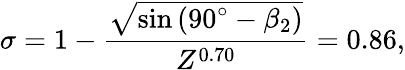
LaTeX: \sigma=1-\frac{\sqrt{\sin{(90^{\circ}-\beta_{2})}}}{Z^{0.70}}=0.86,